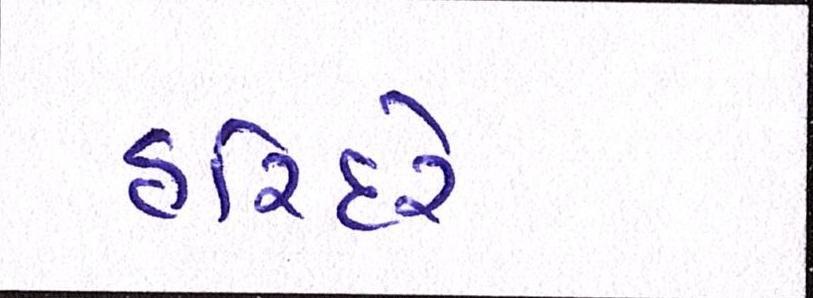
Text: હરિંદરે